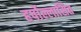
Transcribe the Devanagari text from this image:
हर्षोल्लासित